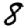
Digit: 8